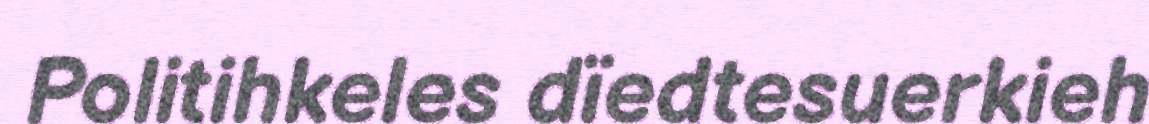
Politihkeles dïedtesuerkieh